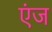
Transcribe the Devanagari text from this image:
एंज